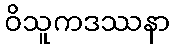
ဝိသူကဒဿနာ